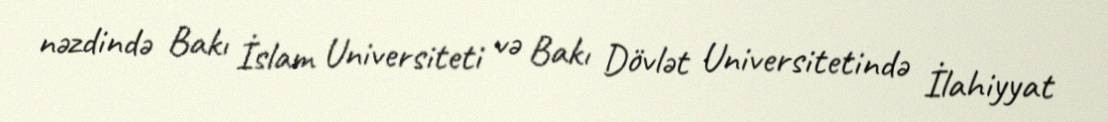
nəzdində Bakı İslam Universiteti və Bakı Dövlət Universitetində İlahiyyat